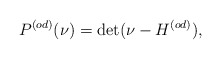
\begin{align*}P^{(od)}(\nu)=\det(\nu-H^{(od)}),\end{align*}